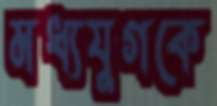
মধ্যযুগকে